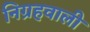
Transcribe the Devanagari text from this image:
निग्रहवाली